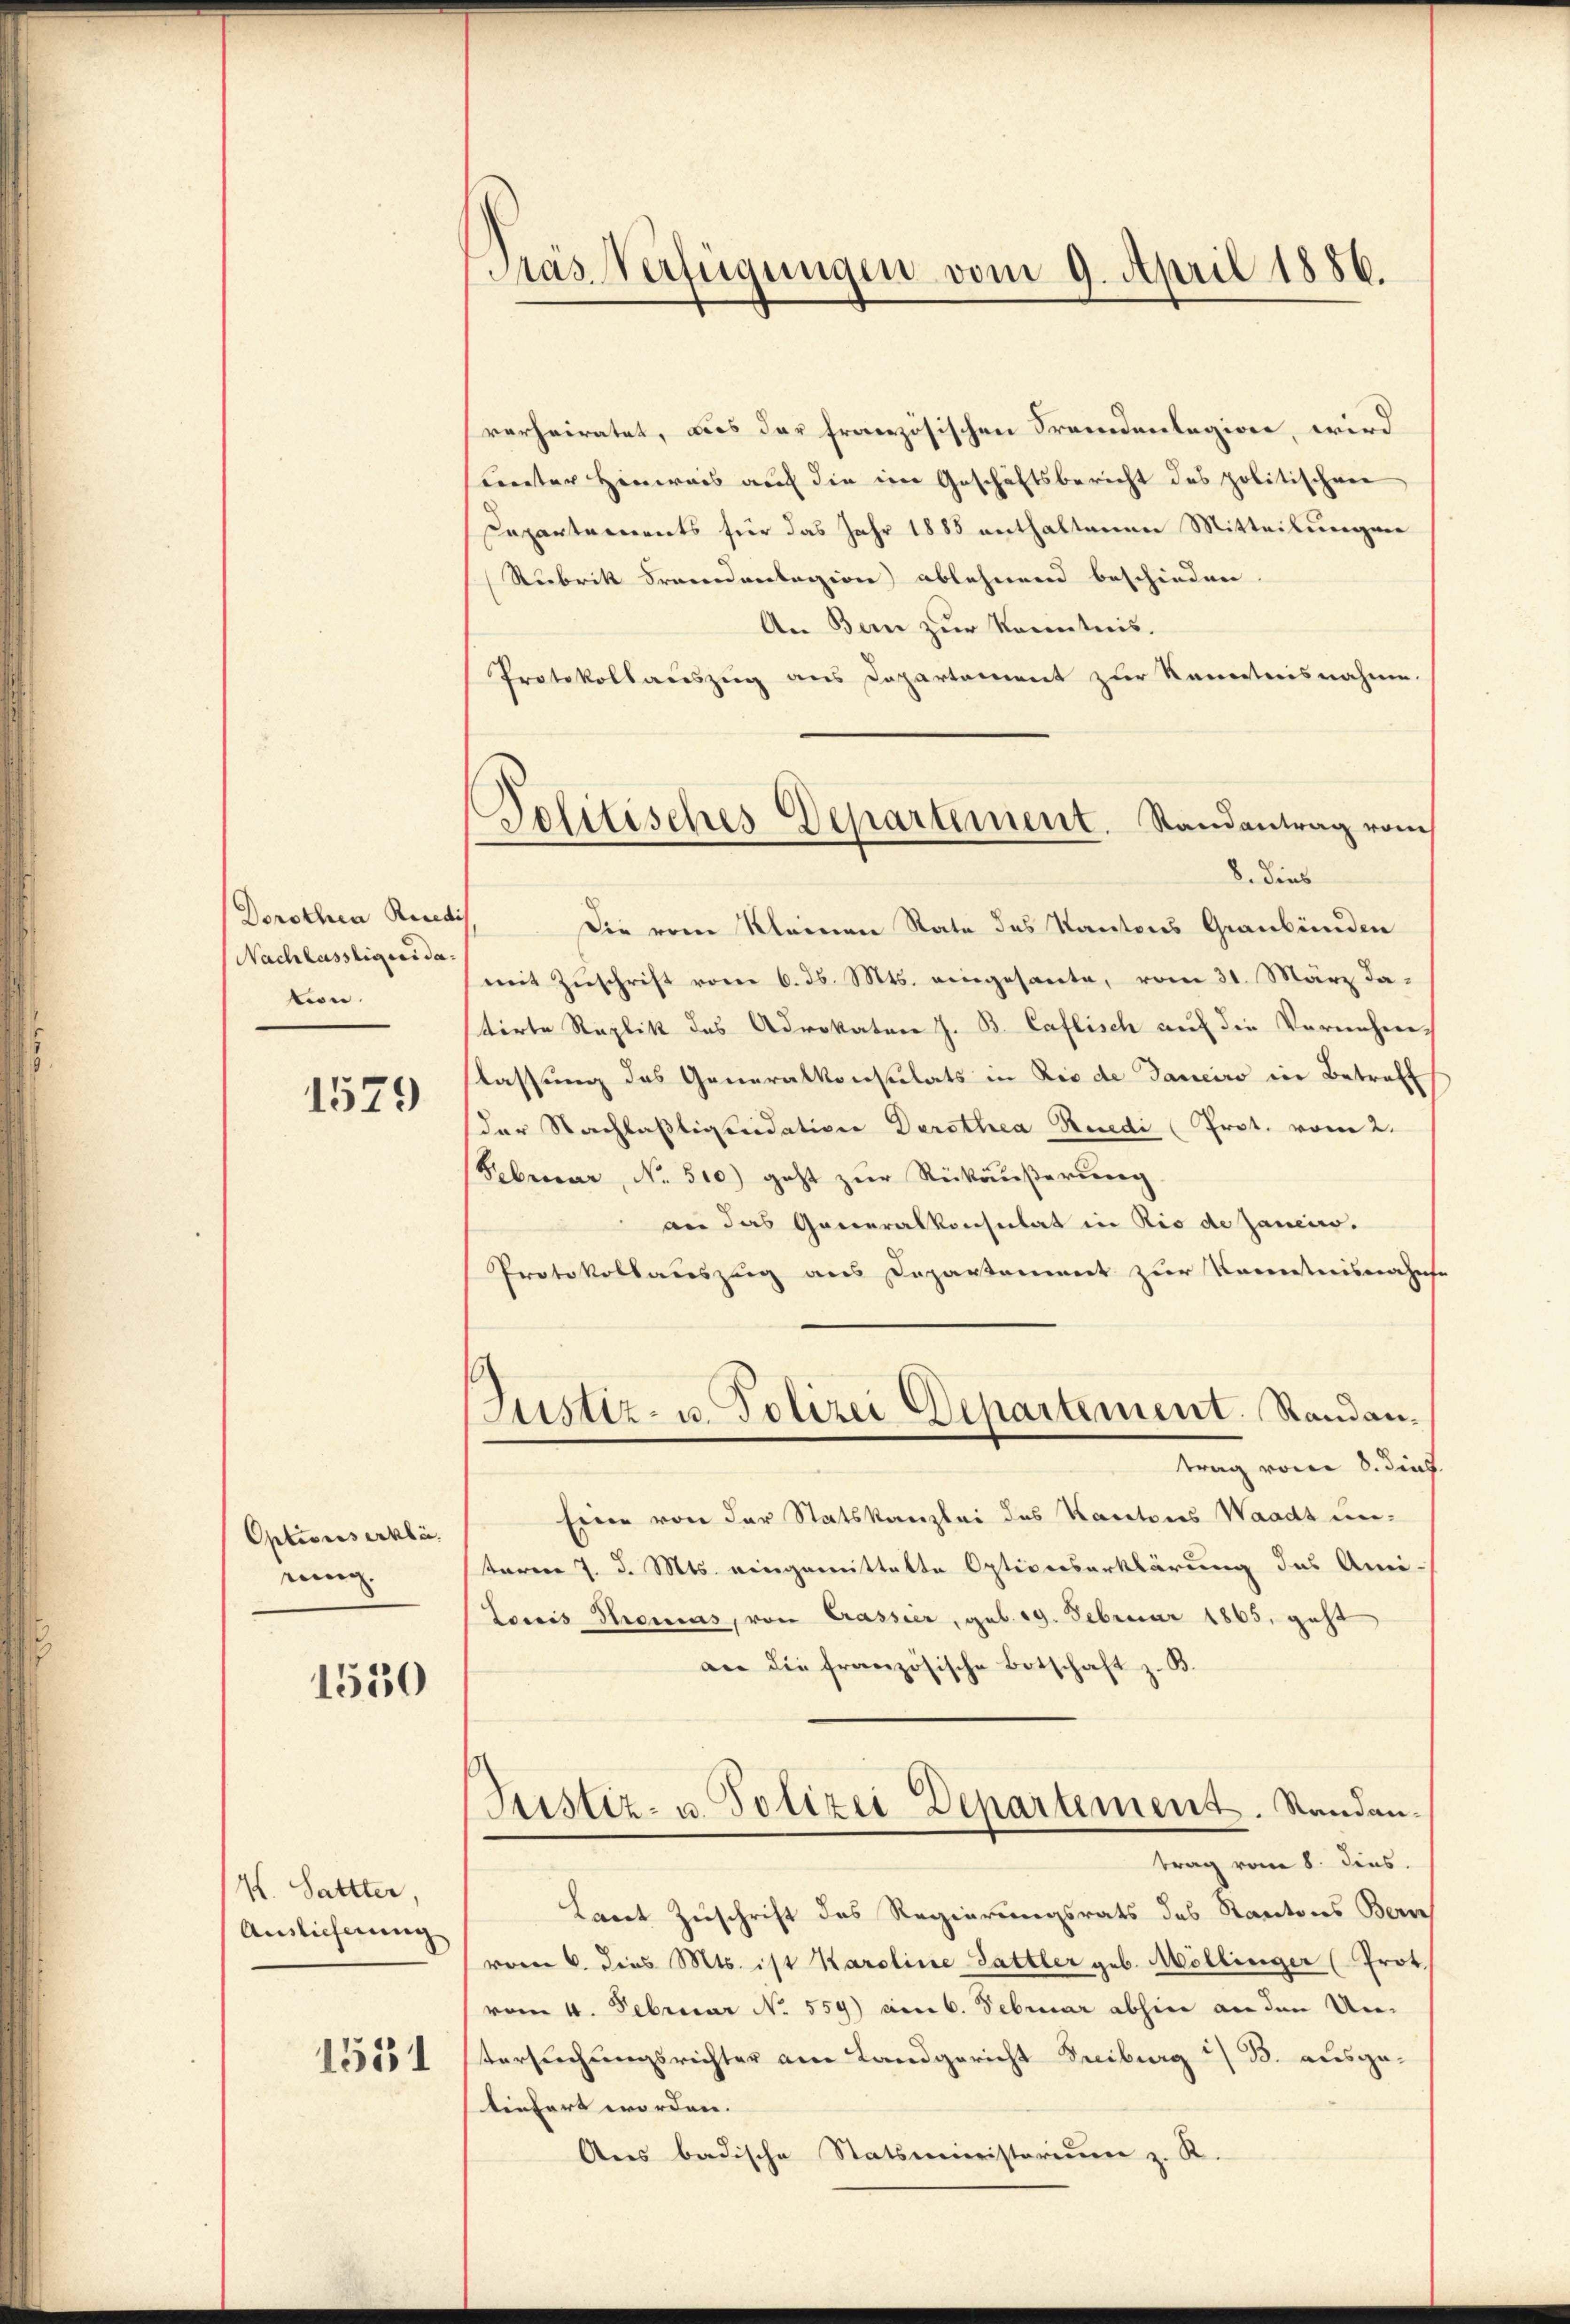
Dorothea Riedi
Nachlässliquidation.

1529

Optionserklä
reinig.

1530

K. Sattter,
Auslieferung

1551

Pras Verfügungen vom 9. April 1886.

Politisches Departement. Randantrag vom
8. Dies

verheiratet, aus der französischen Fremdenlegion, wird
unter Hinweis auf die im Geschäftsbericht des politischen
Departements für das Jahr 1883 enthaltenen Mitteilungen
Rubrik Brandanlegion ablehnend beschieden
An Bern zur Kenntnis.
Protokollauszug aus Departement zur Kenntnisnahme.
Die vom Kleinen Rate des Kantons Graubünden
mit Zŭschrift vom 6. ds. Mts. eingesante, vom 31. März datirte Replik des Advokaten J. B. Caflisch auf die Vernehm-
lassung des Generalkonsulats in Rio de daneiro in Betreff
der Nachlasliquidation Derothea Rüedi (Prot. vom 2.
Februar, No. 510) geht zur Rückäußerung
an das Generalkonsulat in Rio de Janeiro.
Protokollauszug aus Departement zur Kenntnisnahes
Justiz- u. Polizei Departement. Randantrag vom 8. dies
Einer von der Statskanzlei des Kantons Waadt un-
taren 7. d. Mts. eingemittelte Optionserklärung das Ami-
Lowis Thomas, von Crassier, geb. 19. Februar 1865, geht
an die französische Botschaft z. B.
Justiz- u. Polizei Departement. Sandantrag vom 8. dies
Lacet Zuschrift des Regierungsrats des Kantons Bern
vom 6. dies Mts. ist Karoline Sattler geb. Möllinger (Prot.
vom 4. Februar No. 559) am 6. Februar abhin an den Untersuchungsrichter am Landgericht Freiburg i/ B. ausgetiefert worden.
Ans badische Statsministerium z. R.